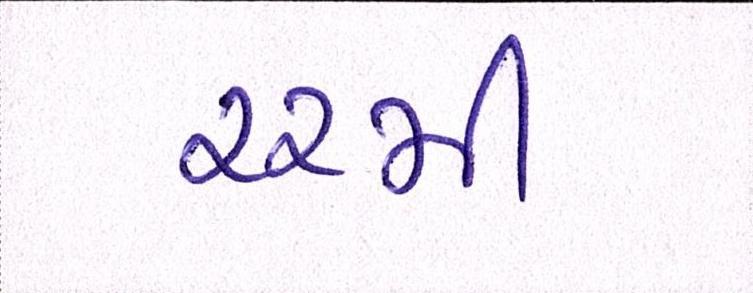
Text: ૨૨મી